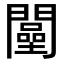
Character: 𨶴